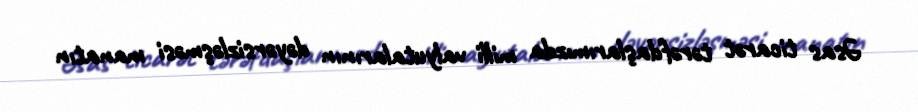
Əsas ticarət tərəfdaşlarımızda milli valyutalarının dəyərsizləşməsi manatın